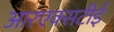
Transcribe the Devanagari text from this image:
आरएक्सटीई